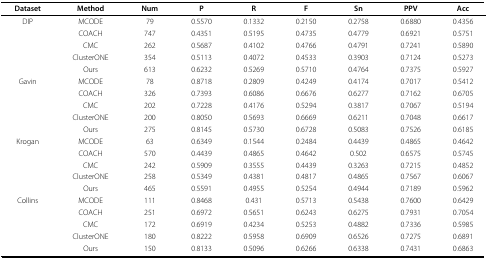
<table><thead><tr><td><b>Dataset</b></td><td><b>Method</b></td><td><b>Num </b></td><td><b>P</b></td><td><b>R</b></td><td><b>F</b></td><td><b>Sn</b></td><td><b>PPV</b></td><td><b>Acc</b></td></tr></thead><tbody><tr><td>DIP</td><td>MCODE</td><td>79</td><td>0.5570</td><td>0.1332</td><td>0.2150</td><td>0.2758</td><td>0.6880</td><td>0.4356</td></tr><tr><td></td><td>COACH</td><td>747</td><td>0.4351</td><td>0.5195</td><td>0.4735</td><td>0.4779</td><td>0.6921</td><td>0.5751</td></tr><tr><td></td><td>CMC</td><td>262</td><td>0.5687</td><td>0.4102</td><td>0.4766</td><td>0.4791</td><td>0.7241</td><td>0.5890</td></tr><tr><td></td><td>ClusterONE</td><td>354</td><td>0.5113</td><td>0.4072</td><td>0.4533</td><td>0.3903</td><td>0.7124</td><td>0.5273</td></tr><tr><td></td><td>Ours</td><td>613</td><td>0.6232</td><td>0.5269</td><td>0.5710</td><td>0.4764</td><td>0.7375</td><td>0.5927</td></tr><tr><td>Gavin</td><td>MCODE</td><td>78</td><td>0.8718</td><td>0.2809</td><td>0.4249</td><td>0.4174</td><td>0.7017</td><td>0.5412</td></tr><tr><td></td><td>COACH</td><td>326</td><td>0.7393</td><td>0.6086</td><td>0.6676</td><td>0.6277</td><td>0.7162</td><td>0.6705</td></tr><tr><td></td><td>CMC</td><td>202</td><td>0.7228</td><td>0.4176</td><td>0.5294</td><td>0.3817</td><td>0.7067</td><td>0.5194</td></tr><tr><td></td><td>ClusterONE</td><td>200</td><td>0.8050</td><td>0.5693</td><td>0.6669</td><td>0.6211</td><td>0.7048</td><td>0.6617</td></tr><tr><td></td><td>Ours</td><td>275</td><td>0.8145</td><td>0.5730</td><td>0.6728</td><td>0.5083</td><td>0.7526</td><td>0.6185</td></tr><tr><td>Krogan</td><td>MCODE</td><td>63</td><td>0.6349</td><td>0.1544</td><td>0.2484</td><td>0.4439</td><td>0.4865</td><td>0.4642</td></tr><tr><td></td><td>COACH</td><td>570</td><td>0.4439</td><td>0.4865</td><td>0.4642</td><td>0.502</td><td>0.6575</td><td>0.5745</td></tr><tr><td></td><td>CMC</td><td>242</td><td>0.5909</td><td>0.3555</td><td>0.4439</td><td>0.3263</td><td>0.7215</td><td>0.4852</td></tr><tr><td></td><td>ClusterONE</td><td>258</td><td>0.5349</td><td>0.4381</td><td>0.4817</td><td>0.4865</td><td>0.7567</td><td>0.6067</td></tr><tr><td></td><td>Ours</td><td>465</td><td>0.5591</td><td>0.4955</td><td>0.5254</td><td>0.4944</td><td>0.7189</td><td>0.5962</td></tr><tr><td>Collins</td><td>MCODE</td><td>111</td><td>0.8468</td><td>0.431</td><td>0.5713</td><td>0.5438</td><td>0.7600</td><td>0.6429</td></tr><tr><td></td><td>COACH</td><td>251</td><td>0.6972</td><td>0.5651</td><td>0.6243</td><td>0.6275</td><td>0.7931</td><td>0.7054</td></tr><tr><td></td><td>CMC</td><td>172</td><td>0.6919</td><td>0.4234</td><td>0.5253</td><td>0.4882</td><td>0.7336</td><td>0.5985</td></tr><tr><td></td><td>ClusterONE</td><td>180</td><td>0.8222</td><td>0.5958</td><td>0.6909</td><td>0.6526</td><td>0.7275</td><td>0.6891</td></tr><tr><td></td><td>Ours</td><td>150</td><td>0.8133</td><td>0.5096</td><td>0.6266</td><td>0.6338</td><td>0.7431</td><td>0.6863</td></tr></tbody></table>